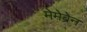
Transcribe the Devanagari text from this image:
मेमेब्रेन